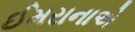
ઈમરાનાએ